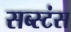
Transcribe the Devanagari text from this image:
सब्स्टंस